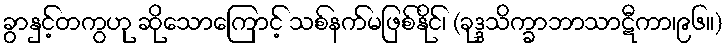
ခွာနှင့်တကွဟု ဆိုသောကြောင့် သစ်နက်မဖြစ်နိုင်၊ (ခုဒ္ဒသိက္ခာဘာသာဋီကာ၊၉၆။)